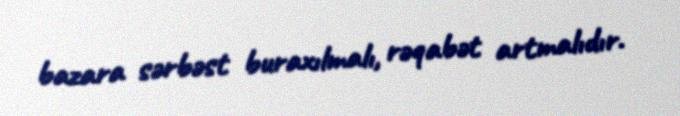
bazara sərbəst buraxılmalı, rəqabət artmalıdır.